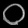
Digit: ၀